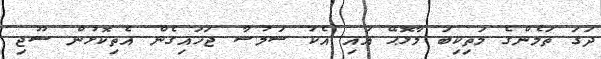
ދަގަ ތަމެންގެ މަތިކިބަ މާޅޮޙޭ އައި އެކު ސަމުސާ ޖަހައިގެން އެތިކޮޅުން ސޫޖި